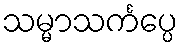
သမ္မာသင်္ကပ္ပေ